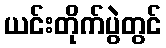
ယင်းတိုက်ပွဲတွင်